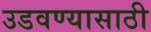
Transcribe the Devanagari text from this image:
उडवण्यासाठी